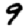
Digit: 9